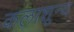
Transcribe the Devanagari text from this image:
कलाशून्य